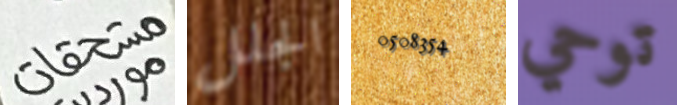
مستحقات الجلل 0508354 توحي